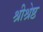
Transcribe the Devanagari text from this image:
श्रीश्रेष्ठ